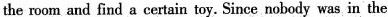
the room and find a certain toy. Since nobody was in the